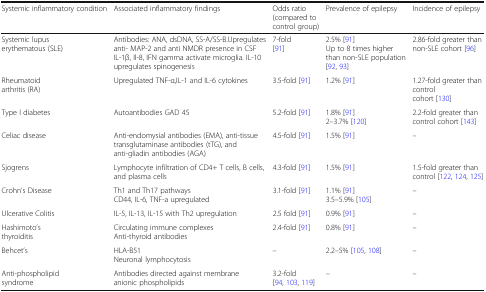
<table><thead><tr><td><b>Systemic inflammatory condition</b></td><td><b>Associated inflammatory findings</b></td><td><b>Odds ratio (compared to control group)</b></td><td><b>Prevalence of epilepsy</b></td><td><b>Incidence of epilepsy</b></td></tr></thead><tbody><tr><td>Systemic lupus erythematous (SLE)</td><td>Antibodies: ANA, dsDNA, SS-A/SS-B.Upregulates anti- MAP-2 and anti NMDR presence in CSFIL-1β, Il-8, IFN gamma activate microglia. IL-10 upregulates spinogenesis</td><td>7-fold[91]</td><td>2.5% [91]Up to 8 times higher than non-SLE population[92, 93]</td><td>2.86-fold greater than non-SLE cohort [96]</td></tr><tr><td>Rheumatoid arthritis (RA)</td><td>Upregulated TNF-α,IL-1 and IL-6 cytokines</td><td>3.5-fold [91]</td><td>1.2% [91]</td><td>1.27-fold greater than controlcohort [130]</td></tr><tr><td>Type I diabetes</td><td>Autoantibodies GAD 45</td><td>5.2-fold [91]</td><td>1.8% [91]2–3.7% [120]</td><td>2.2-fold greater than control cohort [143]</td></tr><tr><td>Celiac disease</td><td>Anti-endomysial antibodies (EMA), anti-tissue transglutaminase antibodies (tTG), and anti-gliadin antibodies (AGA)</td><td>4.5-fold [91]</td><td>1.5% [91]</td><td>–</td></tr><tr><td>Sjogrens</td><td>Lymphocyte infiltration of CD4+ T cells, B cells, and plasma cells</td><td>4.3-fold [91]</td><td>1.5% [91]</td><td>1.5-fold greater than control [122, 124, 125]</td></tr><tr><td>Crohn’s Disease</td><td>Th1 and Th17 pathwaysCD44, IL-6, TNF-a upregulated</td><td>3.1-fold [91]</td><td>1.1% [91]3.5–5.9% [105]</td><td>–</td></tr><tr><td>Ulcerative Colitis</td><td>IL-5, IL-13, IL-15 with Th2 upregulation</td><td>2.5 fold [91]</td><td>0.9% [91]</td><td>–</td></tr><tr><td>Hashimoto’s thyroiditis</td><td>Circulating immune complexesAnti-thyroid antibodies</td><td>2.4-fold [91]</td><td>0.8% [91]</td><td>–</td></tr><tr><td>Behcet’s</td><td>HLA-B51Neuronal lymphocytosis</td><td>–</td><td>2.2–5% [105, 108]</td><td>–</td></tr><tr><td>Anti-phospholipid syndrome</td><td>Antibodies directed against membrane anionic phospholipids</td><td>3.2-fold [94, 103, 119]</td><td>–</td><td>–</td></tr></tbody></table>